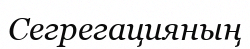
Сегрегацияның